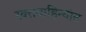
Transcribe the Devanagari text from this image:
रक्तवाहिन्यांत